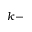
k -